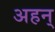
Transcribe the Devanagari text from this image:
अहन्